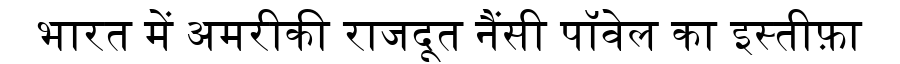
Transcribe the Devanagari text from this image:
भारत में अमरीकी राजदूत नैंसी पॉवेल का इस्तीफ़ा